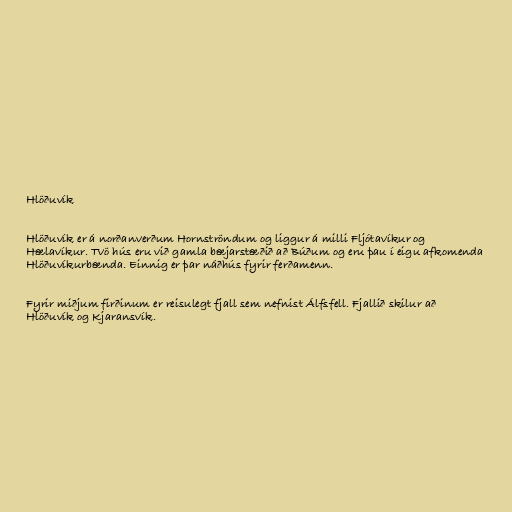
Hlöðuvík

Hlöðuvík er á norðanverðum Hornströndum og liggur á milli Fljótavíkur og
Hælavíkur. Tvö hús eru við gamla bæjarstæðið að Búðum og eru þau í eigu afkomenda
Hlöðuvíkurbænda. Einnig er þar náðhús fyrir ferðamenn.

Fyrir miðjum firðinum er reisulegt fjall sem nefnist Álfsfell. Fjallið skilur að
Hlöðuvík og Kjaransvík.